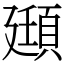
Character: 頲